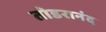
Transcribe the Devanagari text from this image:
तोडरानंद